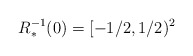
\begin{align*} R_*^{-1}(0) = [-1/2, 1/2)^2\end{align*}